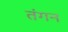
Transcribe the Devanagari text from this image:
तंगन